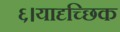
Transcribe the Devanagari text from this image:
६।यादृच्छिक